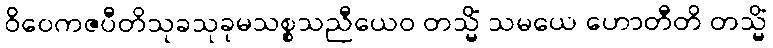
ဝိဝေကဇပီတိသုခသုခုမသစ္စသညီယေဝ တသ္မိံ သမယေ ဟောတီတိ တသ္မိံ